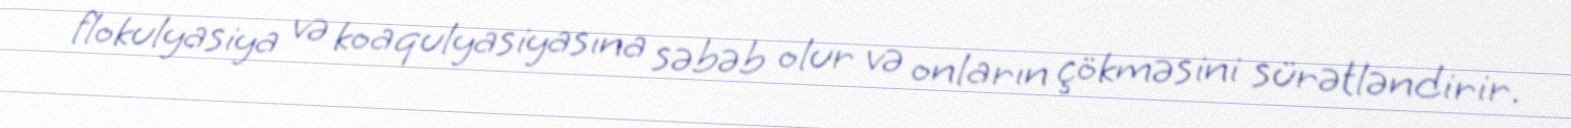
flokulyasiya və koaqulyasiyasına səbəb olur və onların çökməsini sürətləndirir.